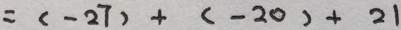
= ( - 2 7 ) + ( - 2 0 ) + 2 1